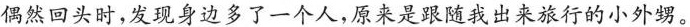
偶然回头时，发现身边多了一个人，原来是跟随我出来旅行的小外甥。